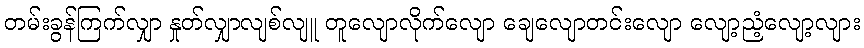
တမ်းခွန်ကြက်လျှာ နှုတ်လျှာလျစ်လျူ တူလျောလိုက်လျော ချေလျောတင်းလျော လျော့ညံ့လျော့လျား